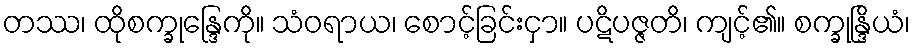
တဿ၊ ထိုစက္ခုန္ဒြေကို။ သံဝရာယ၊ စောင့်ခြင်းငှာ။ ပဋိပဇ္ဇတိ၊ ကျင့်၏။ စက္ခုန္ဒြိယံ၊